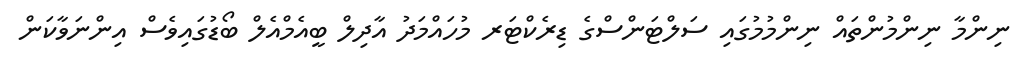
ނިންމާ ނިންމުންތައް ނިންމުމުގައި ސަލްޓަންސްގެ ޑިރެކްޓަރ މުހައްމަދު އާދިލް ބީއެމްއެލް ބޯޑުގައިވެސް އިންނަވާކަން